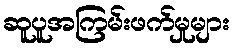
ဆူပူအကြမ်းဖက်မှုများ